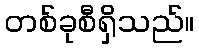
တစ်ခုစီရှိသည်။